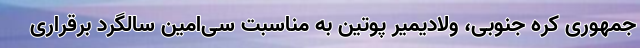
جمهوری کره جنوبی، ولادیمیر پوتین به مناسبت سی‌امین سالگرد برقراری